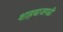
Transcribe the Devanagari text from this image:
शाहबाजगढी